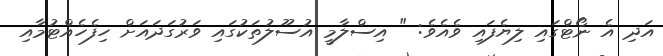
އަދި އެ ނޯޓްގައި ލިޔެފައި ވެއެވެ: " އިސްލާމީ އުސޫލުތަކުގައި ވަރުގަދައަށް ހިފެހެއްޓުމާއި